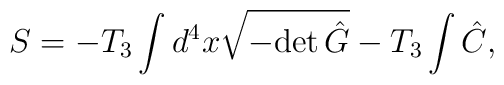
S=-T_3\int d^4x \sqrt{-{\rm det}\, \hat{G} } -T_3\int \hat{C},